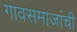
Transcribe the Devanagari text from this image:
गावसमाजांची